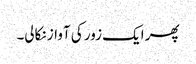
پھر ایک زور کی آواز نکالی۔